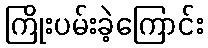
ကြိုးပမ်းခဲ့ကြောင်း